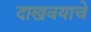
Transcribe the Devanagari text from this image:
दाखवयाचे